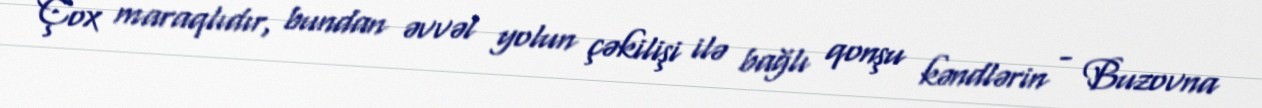
Çox maraqlıdır, bundan əvvəl yolun çəkilişi ilə bağlı qonşu kəndlərin - Buzovna